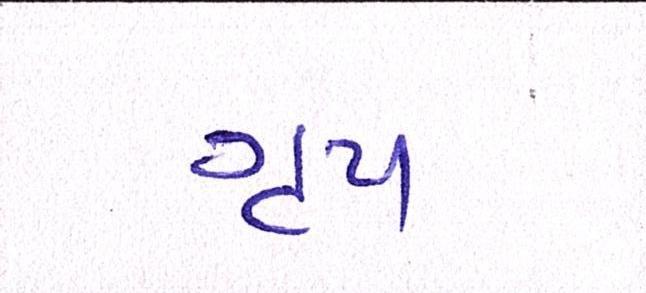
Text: ગૃપ